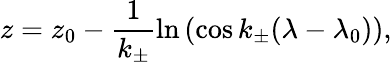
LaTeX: z=z_{0}-\frac{1}{k_{\pm}}\ln{\left(\cos{k_{\pm}(\lambda-\lambda_{0})}\right)},